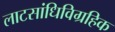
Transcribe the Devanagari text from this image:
लाटसांधिविग्रहिक